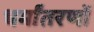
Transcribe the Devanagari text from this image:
धर्मांतरणों